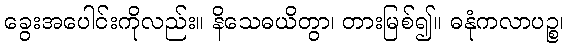
ခွေးအပေါင်းကိုလည်း။ နိသေဓယိတွာ၊ တားမြစ်၍။ ဓနုံကလာပဉ္စ၊